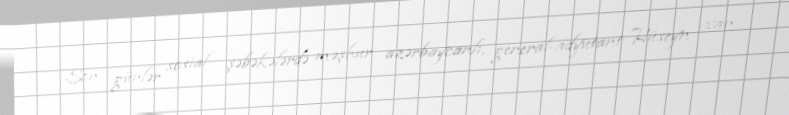
Son günlər sosial şəbəkələrdə məşhur azərbaycanlı, general-adyutant Hüseyn xan